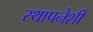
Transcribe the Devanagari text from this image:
स्थापनेशी